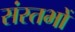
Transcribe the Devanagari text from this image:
संस्तभों